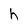
Character: h